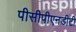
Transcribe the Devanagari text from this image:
पीसीपीएनडीटी